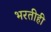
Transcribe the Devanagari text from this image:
भरतीही